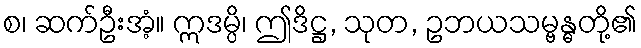
စ၊ ဆက်ဦးအံ့။ ဣဒမ္ပိ၊ ဤဒိဋ္ဌ, သုတ, ဥဘယသမ္ဗန္ဓတို့၏